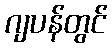
ဂျပန်တွင်